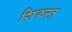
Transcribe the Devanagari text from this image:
शिकस्‍त